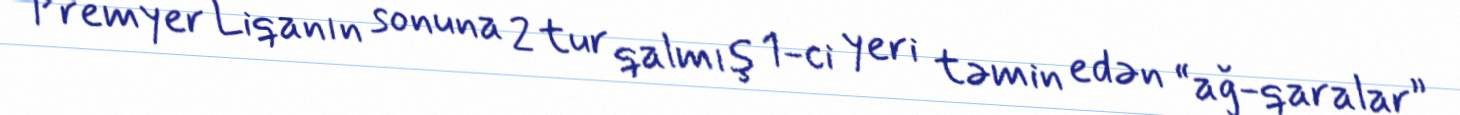
Premyer Liqanın sonuna 2 tur qalmış 1-ci yeri təmin edən “ağ-qaralar”